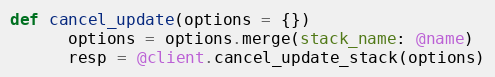
Language: Ruby
def cancel_update(options = {})
      options = options.merge(stack_name: @name)
      resp = @client.cancel_update_stack(options)